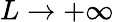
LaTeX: L\rightarrow+\infty